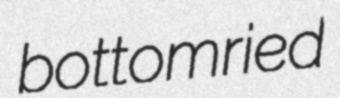
bottomried